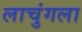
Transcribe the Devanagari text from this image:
लाचुंगला